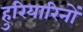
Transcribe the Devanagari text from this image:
हुरियारिनों